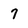
Character: 7